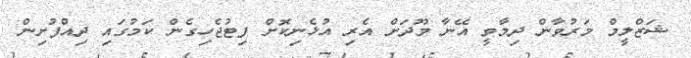
ޝަޒްލީމް މަރުވާން ދިމާވީ އޭނާ މޫދަށް އެރި އުޅެނިކޮށް ފިޓުޖެހިގެން ކަމުގައި ދިއްފުށިން